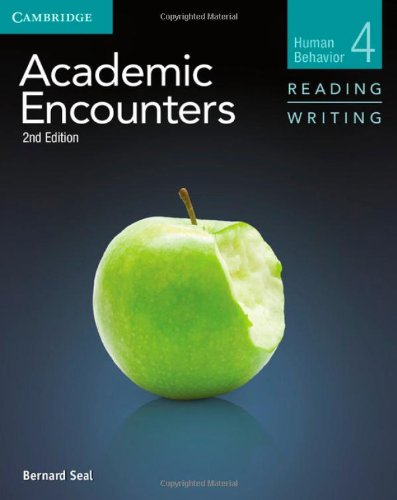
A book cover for Academic Encounters Level 4 Student's Book Reading and Writing: Human Behavior; Bernard Seal; Reference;